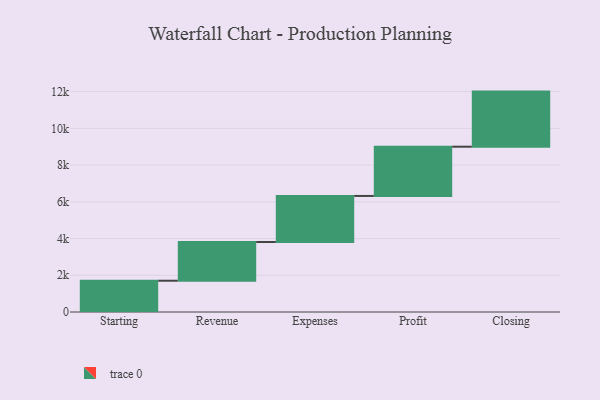
{"axis": {"x": "Step", "y": "Value"}, "legend": [""], "data": [{"x": "Starting", "y": 1703.0, "type": ""}, {"x": "Revenue", "y": 2108.0, "type": ""}, {"x": "Expenses", "y": 2508.0, "type": ""}, {"x": "Profit", "y": 2682.0, "type": ""}, {"x": "Closing", "y": 3000, "type": ""}]}